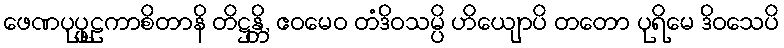
ဖေဏပုပ္ဖုဠကာစိတာနိ တိဋ္ဌန္တိ, ဧဝမေဝ တံဒိဝသမ္ပိ ဟိယျောပိ တတော ပုရိမေ ဒိဝသေပိ